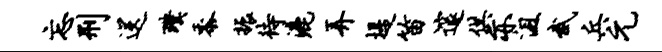
忘刑送璞黍振待漉弄堤笛邃供亦沮武兵元